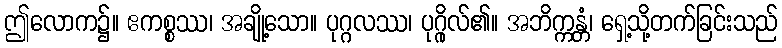
ဤလောက၌။ ဧကစ္စဿ၊ အချို့သော။ ပုဂ္ဂလဿ၊ ပုဂ္ဂိုလ်၏။ အဘိက္ကန္တံ၊ ရှေ့သို့တက်ခြင်းသည်